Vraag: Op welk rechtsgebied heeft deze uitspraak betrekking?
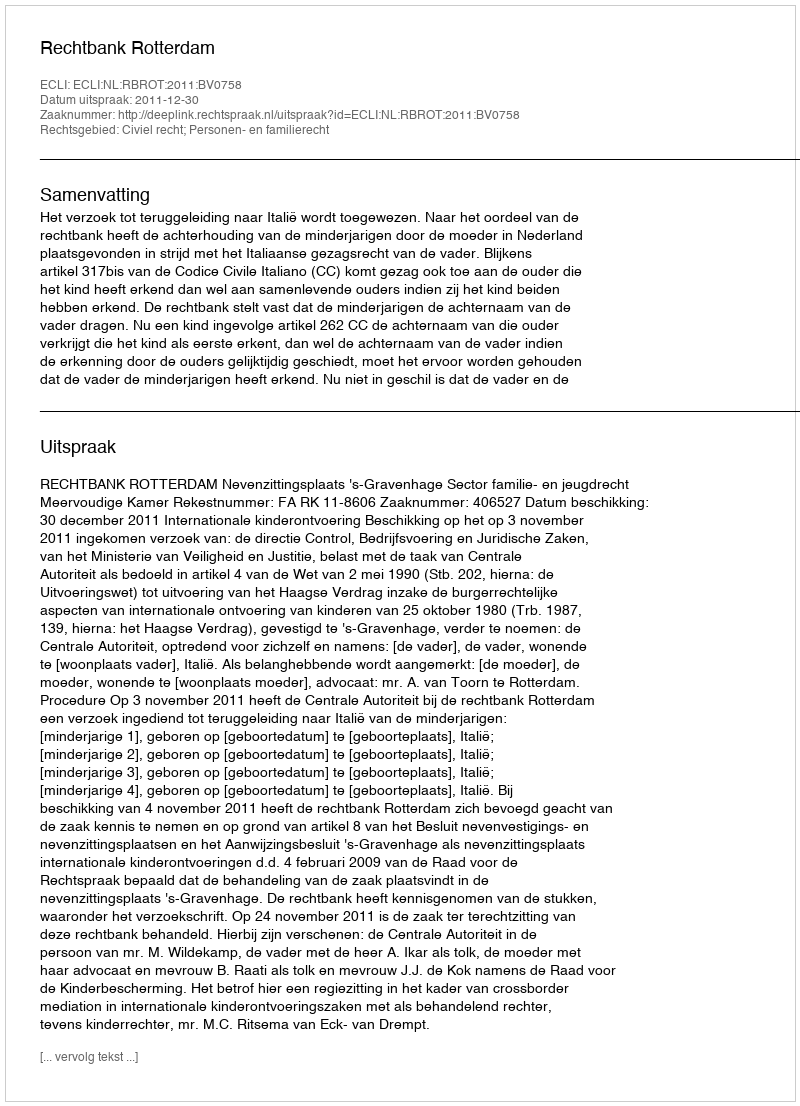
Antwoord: Civiel recht; Personen- en familierecht